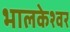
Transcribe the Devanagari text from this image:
भालकेश्वर